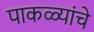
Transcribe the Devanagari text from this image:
पाकळ्यांचे